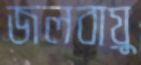
জলবায়ু